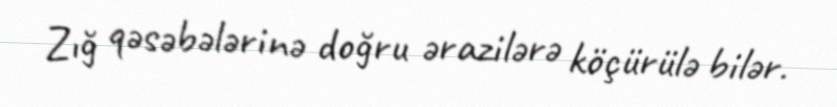
Zığ qəsəbələrinə doğru ərazilərə köçürülə bilər.